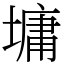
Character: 墉